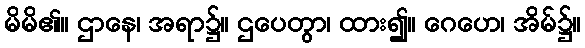
မိမိ၏။ ဌာနေ၊ အရာ၌။ ဌပေတွာ၊ ထား၍။ ဂေဟေ၊ အိမ်၌။